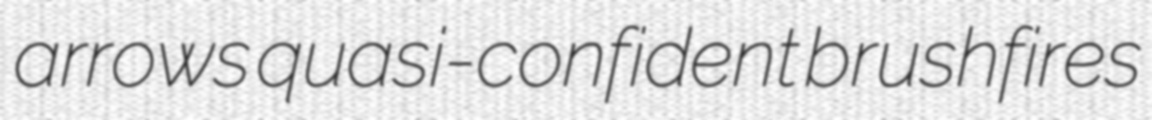
arrows quasi-confident brushfires